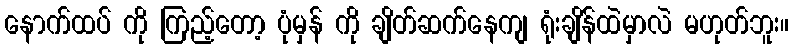
နောက်ထပ် ကို ကြည့်တော့ ပုံမှန် ကို ချိတ်ဆက်နေကျ ရုံးချိန်ထဲမှာလဲ မဟုတ်ဘူး။